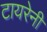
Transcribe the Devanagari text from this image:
टायरेनी